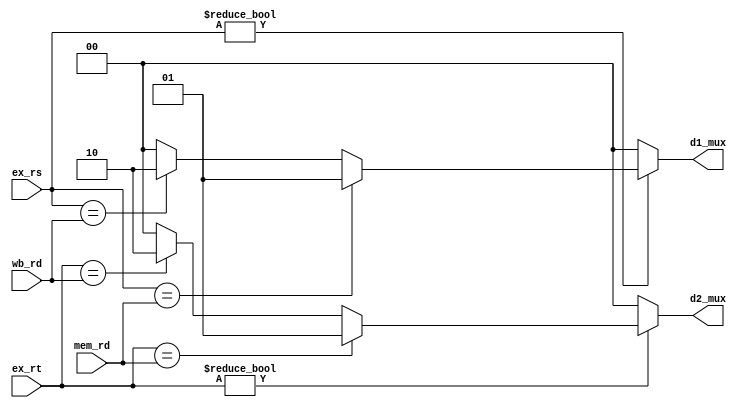
module forwarder(
    input wire[4:0] wb_rd,
    input wire[4:0] mem_rd,
    input wire[4:0] ex_rs,
    input wire[4:0] ex_rt,
    output reg[1:0] d1_mux,
    output reg[1:0] d2_mux);

    initial begin
        d1_mux = 2'b00;
        d2_mux = 2'b00;
    end

    always @(*) begin
        if (ex_rs != 5'b00000) begin
            if (ex_rs == mem_rd) begin
                d1_mux = 2'b01;
            end else if (ex_rs == wb_rd) begin
                d1_mux = 2'b10;
            end else begin
                d1_mux = 2'b00;
            end
        end else begin
            d1_mux = 2'b00;
        end
            
		  
        if (ex_rt != 5'b00000) begin
            if (ex_rt == mem_rd) begin
                d2_mux = 2'b01;
            end else if (ex_rt == wb_rd) begin
                d2_mux = 2'b10;
            end else begin
                d2_mux = 2'b00;
            end
        end else begin
            d2_mux = 2'b00;
        end
    end
endmodule